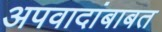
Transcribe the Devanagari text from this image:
अपवादांबाबत